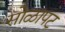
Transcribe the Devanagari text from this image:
सोळापट